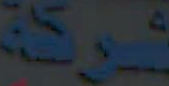
شوكة